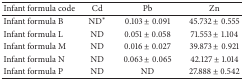
| Infant formula code | Cd | Pb | Zn |
 | --- | --- | --- | --- |
 | Infant formula B | ND∗ | 0.103 ± 0.091 | 45.732 ± 0.555 |
 | Infant formula L | ND | 0.051 ± 0.058 | 71.553 ± 1.104 |
 | Infant formula M | ND | 0.016 ± 0.027 | 39.873 ± 0.921 |
 | Infant formula N | ND | 0.063 ± 0.065 | 42.127 ± 1.014 |
 | Infant formula P | ND | ND | 27.888 ± 0.542 |